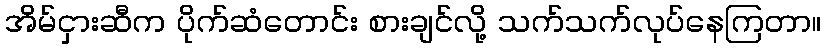
အိမ်ငှားဆီက ပိုက်ဆံတောင်း စားချင်လို့ သက်သက်လုပ်နေကြတာ။